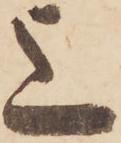
上